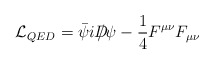
\begin{align*}{\cal L}_{QED}=\bar{\psi}iD\!\!\!\!/\psi -\frac 14F^{\mu \nu }F_{\mu \nu }\end{align*}